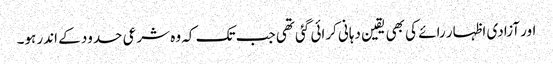
اور آزادی اظہار رائے کی بھی یقین دہانی کرائی گئی تھی جب تک کہ وہ شرعی حدود کے اندر ہو۔